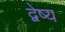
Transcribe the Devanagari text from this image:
द्वेष्य